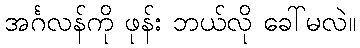
အင်္ဂလန်ကို ဖုန်း ဘယ်လို ခေါ်မလဲ။